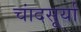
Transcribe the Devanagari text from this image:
चांदसूर्या